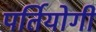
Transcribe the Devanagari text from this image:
पर्तियोगी